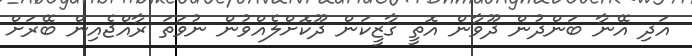
އަދި އޭނާ ބަންދުން ދޫވާން އޮތީ ގާޒީކަން ދޫކޮށްލެއްވުން ނުވަތަ ރާއްޖެއިން ބޭރަށް